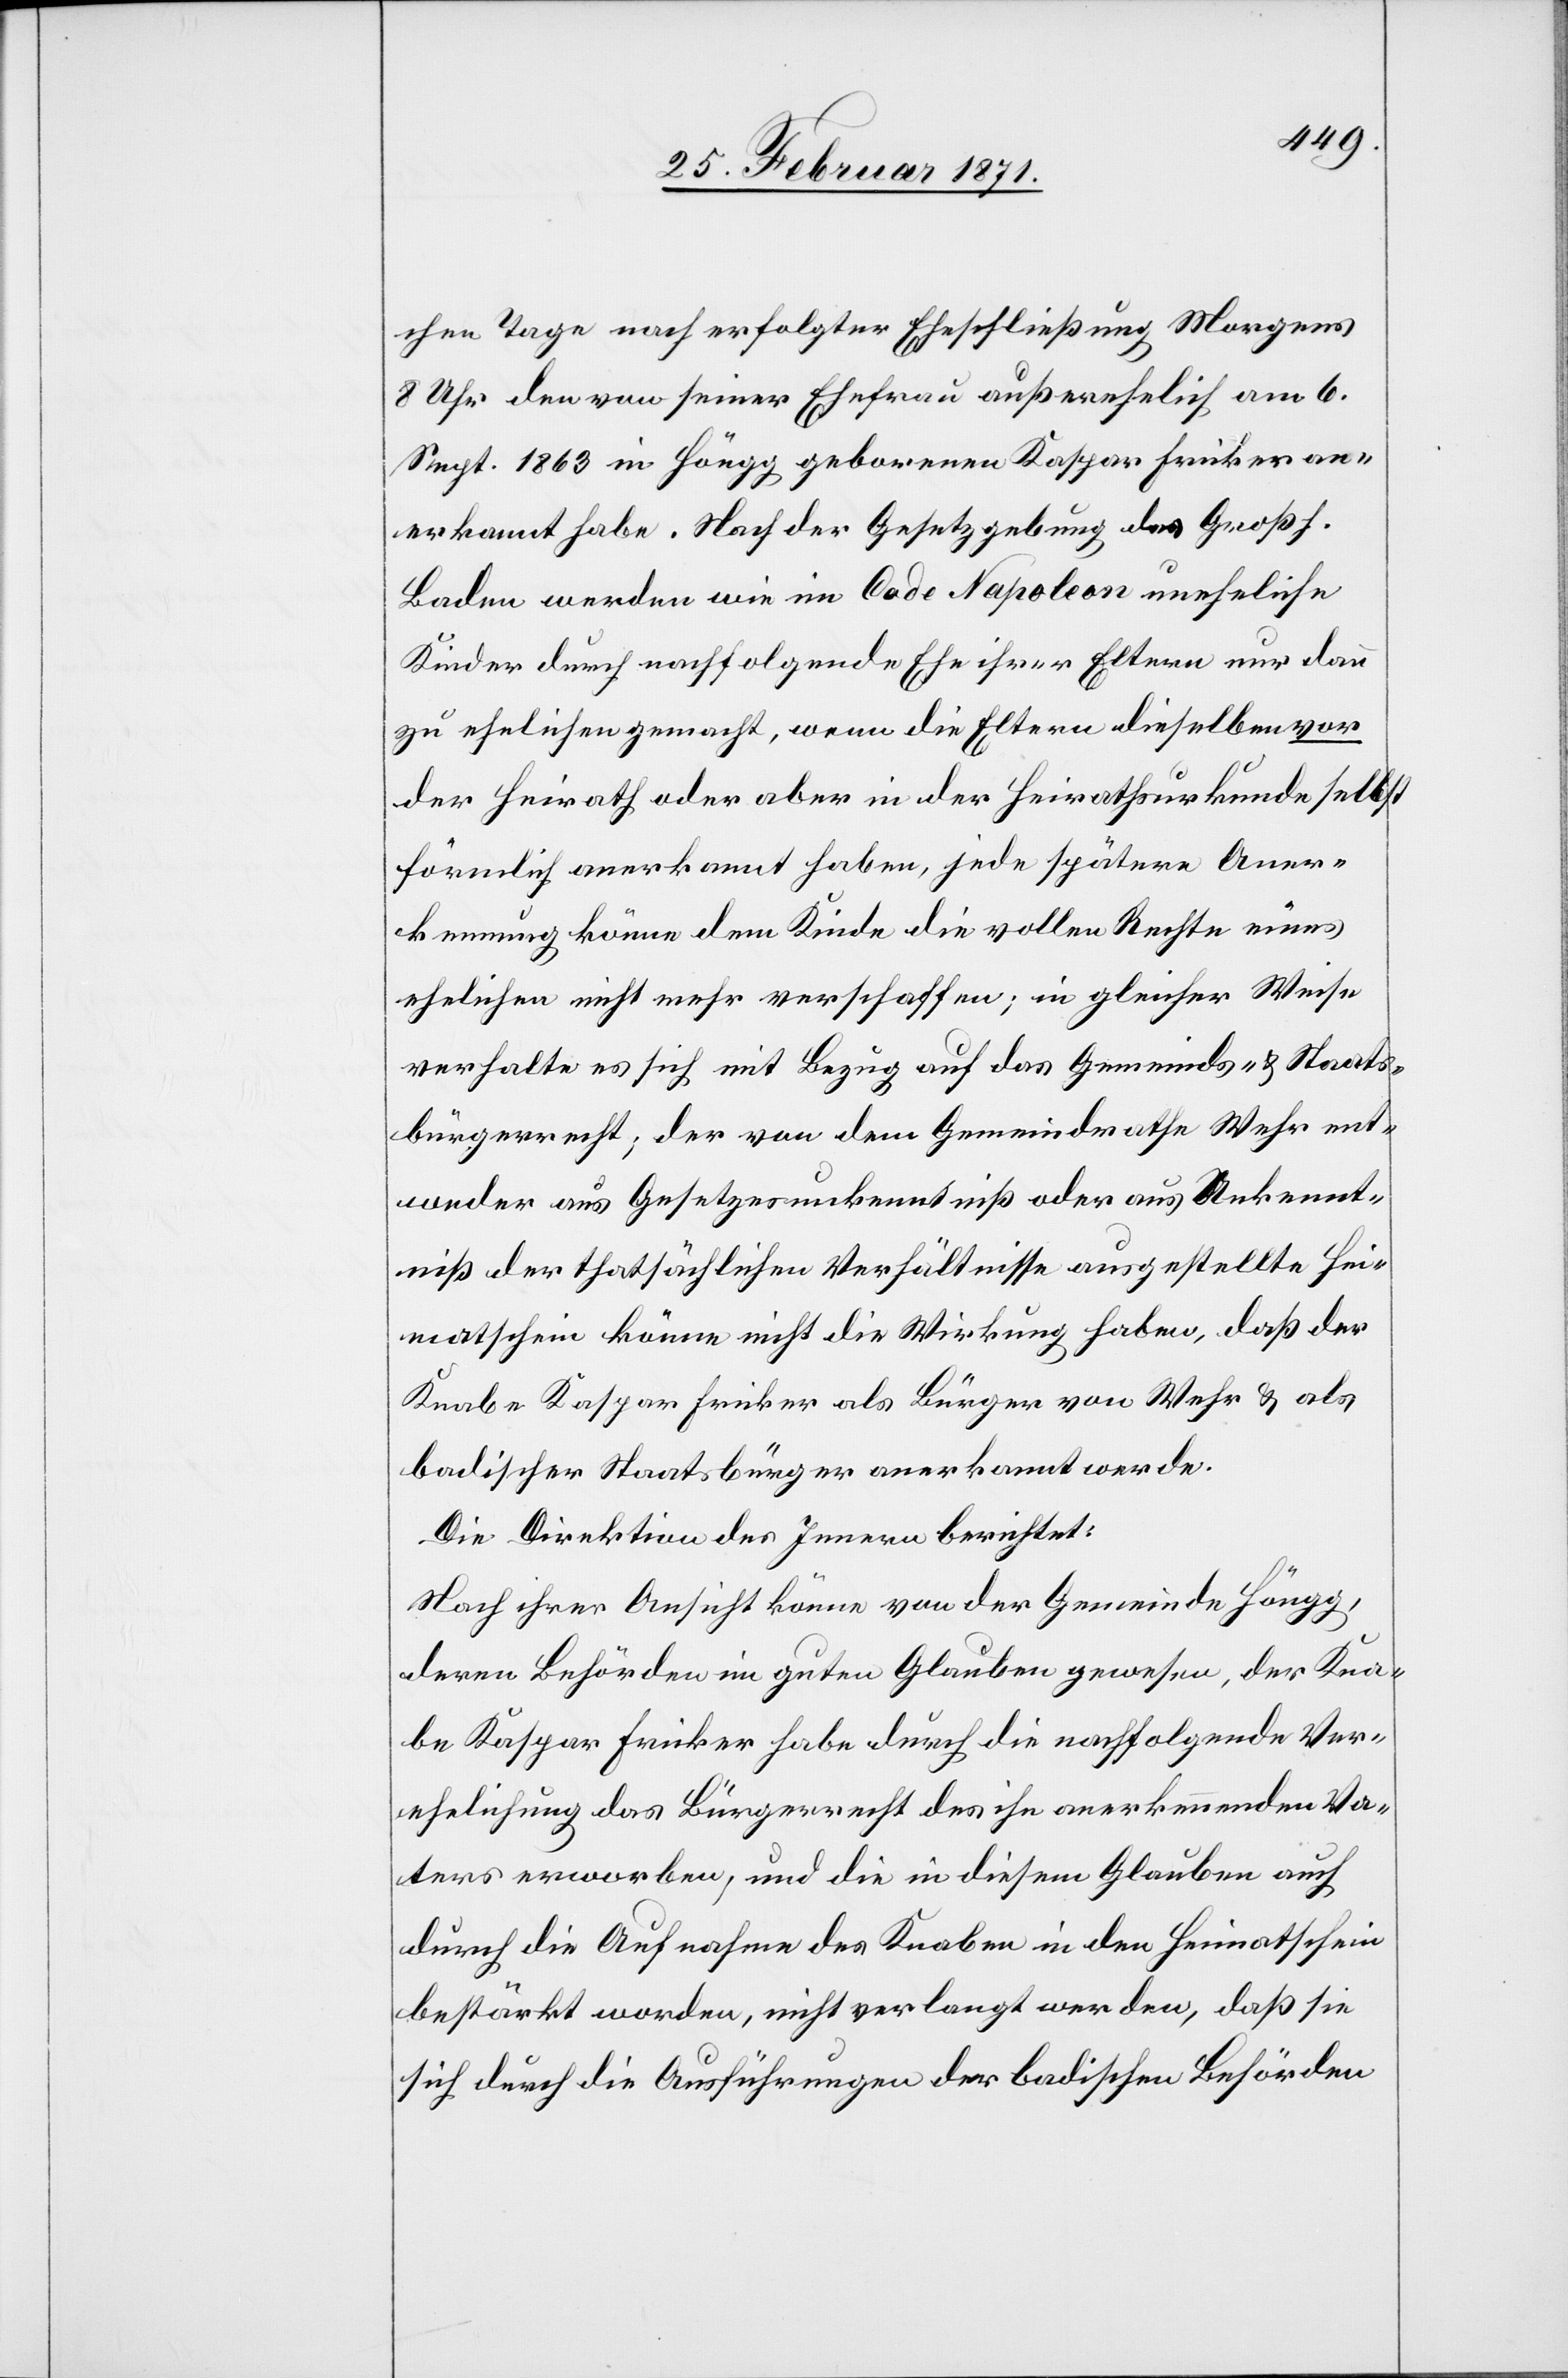
chen Tage nach erfolgter Eheschließung Morgens
8 Uhr den von seiner Ehefrau außerehelich am 6.
Sept. 1863 in Höngg geborenen Kaspar Fricker an¬
erkannt habe. Nach der Gesetzgebung des Großh.
Baden werden wie im Code Napoleon uneheliche
Kinder durch nachfolgende Ehe ihrer Eltern nur dann
zu ehelichen gemacht, wenn die Eltern dieselben vor
der Heirath oder aber in der Heirathsurkunde selbst
förmlich anerkannt haben, jede spätere Aner¬
kennung könne dem Kinde die vollen Rechte eines
ehelichen nicht mehr verschaffen; in gleicher Weise
verhalte es sich mit Bezug auf das Gemeinds- u. Staats¬
bürgerrecht; der von dem Gemeindrathe Wehr ent¬
weder aus Gesetzesunkenntniß oder aus Unkennt¬
nis der thatsächlichen Verhältnisse ausgestellte Hei¬
matschein könne nicht die Wirkung haben, daß der
Knabe Kaspar Fricker als Bürger von Wehr u. als
badischer Staatsbürger anerkannt werde.
Die Direktion des Innern berichtet:
Nach ihrer Ansicht könne von der Gemeinde Höngg,
deren Behörden im guten Glauben gewesen, der Kna¬
be Kaspar Fricker habe durch die nachfolgende Ver¬
ehelichung das Bürgerrecht des ihn anerkennenden Va¬
ters erworben, und die in diesem Glauben auch
durch die Aufnahme des Knaben in den Heimatschein
bestärkt worden, nicht verlangt werden, daß sie
sich durch die Ausführungen der badischen Behörden